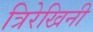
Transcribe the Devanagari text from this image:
त्रिरेखिनी